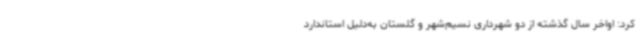
کرد: اواخر سال گذشته از دو شهرداری نسیم‌شهر و گلستان به‌دلیل استاندارد